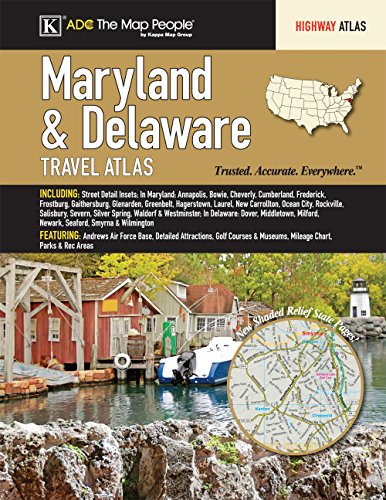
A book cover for Maryland & Delaware State Travel Atlas; Kappa Map Group; Travel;